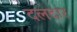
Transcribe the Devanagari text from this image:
दलदार